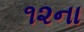
૧૨ના